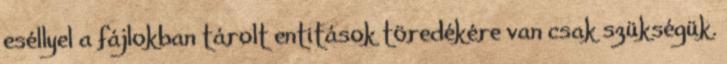
eséllyel a fájlokban tárolt entitások töredékére van csak szükségük.